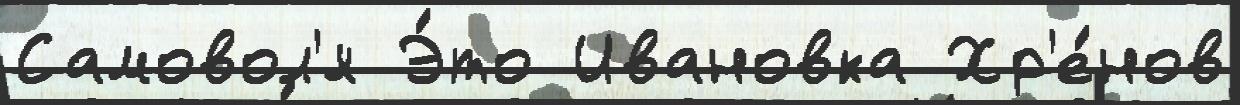
Самовол'я Э́то Ивановка Хр'е́нов